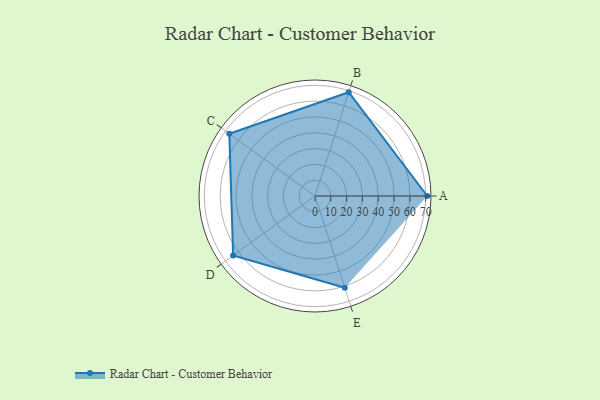
{"axis": {"x": "Skill", "y": "Score"}, "legend": ["Profile"], "data": [{"x": "A", "y": 71.0, "type": "Profile"}, {"x": "B", "y": 69.0, "type": "Profile"}, {"x": "C", "y": 67.0, "type": "Profile"}, {"x": "D", "y": 64.0, "type": "Profile"}, {"x": "E", "y": 61.0, "type": "Profile"}]}